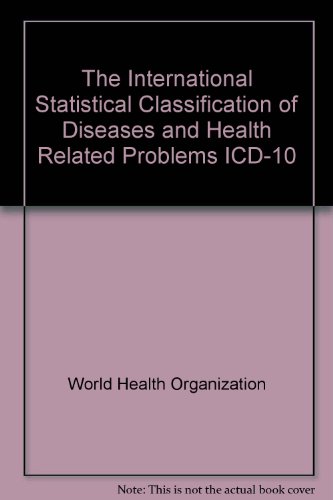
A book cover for The International Statistical Classification of Diseases and Health Related Problems ICD-10; World Health Organization; Medical Books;